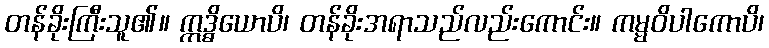
တန်ခိုးကြီးသူ၏။ ဣဒ္ဓိယောပိ၊ တန်ခိုးအရာသည်လည်းကောင်း။ ကမ္မဝိပါကောပိ၊